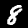
Label: 8